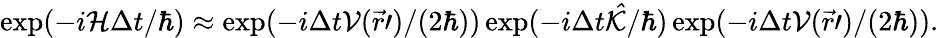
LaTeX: \begin{array}{r}{\exp(-i\mathcal{H}\Delta t/\hbar)\approx\exp(-i\Delta t\mathcal{V}(\vec{r}\prime)/(2\hbar))\exp(-i\Delta t\mathcal{\hat{K}}/\hbar)\exp(-i\Delta t\mathcal{V}(\vec{r}\prime)/(2\hbar)).}\end{array}